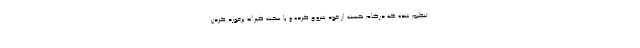
تنظیم شده که درگام نخست از خود شروع کرده و با سخت گیرانه برخورد کردن